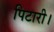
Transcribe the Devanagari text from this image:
पिटारी।